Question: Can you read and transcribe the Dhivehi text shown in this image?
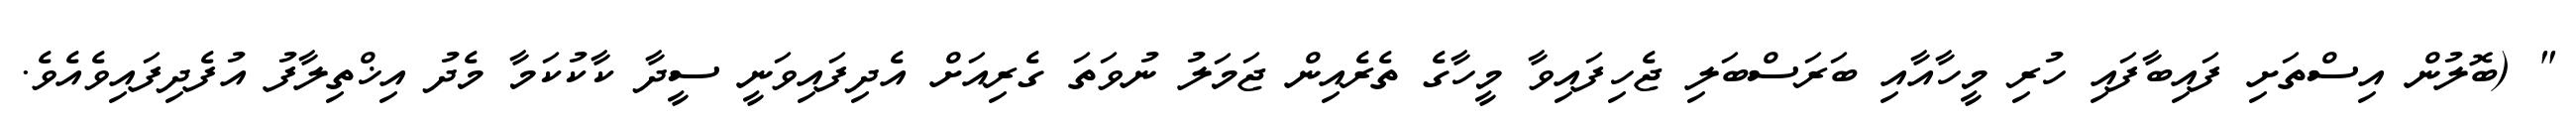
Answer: " (ބޮލުން އިސްތަށި ފައިބާފައި ހުރި މީހާއާއި ބަރަސްބަލި ޖެހިފައިވާ މީހާގެ ތެރެއިން ޖަމަލު ނުވަތަ ގެރިއަށް އެދިފައިވަނީ ސީދާ ކާކުކަމާ މެދު އިޚްތިލާފު އުފެދިފައިވެއެވެ.